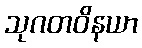
သုဂတဝိနယာ